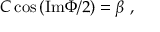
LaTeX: C \cos { ( \mathrm { I m } \Phi / 2 ) } = \beta \ ,